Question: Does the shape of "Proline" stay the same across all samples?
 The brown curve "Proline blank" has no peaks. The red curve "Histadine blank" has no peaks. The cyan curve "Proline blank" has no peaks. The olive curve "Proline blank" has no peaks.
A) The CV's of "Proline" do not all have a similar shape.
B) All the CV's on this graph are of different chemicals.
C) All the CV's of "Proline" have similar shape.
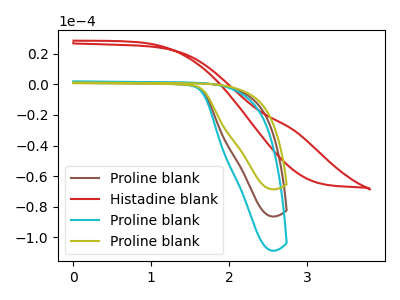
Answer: <think>Neither "Proline blank" or "Histadine blank" have any peaks. Neither "Proline blank" or "Proline blank" have any peaks. Neither "Proline blank" or "Proline blank" have any peaks. Neither "Histadine blank" or "Proline blank" have any peaks. Neither "Histadine blank" or "Proline blank" have any peaks. Neither "Proline blank" or "Proline blank" have any peaks.
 </think>
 <answer>C) All the CV's of "Proline" have similar shape.</answer>
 <eval>C</eval>